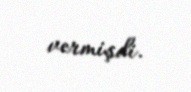
vermişdi.